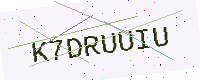
Text: K7DRUUIU